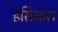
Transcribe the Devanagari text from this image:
हसिमारा